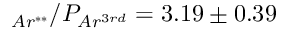
_ { A r ^ { * * } } / P _ { A r ^ { 3 r d } } = 3 . 1 9 \pm 0 . 3 9